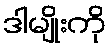
ဒါမျိုးကို